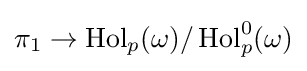
\pi _{1}\to \operatorname {Hol} _{p}(\omega )/\operatorname {Hol} _{p}^{0}(\omega )